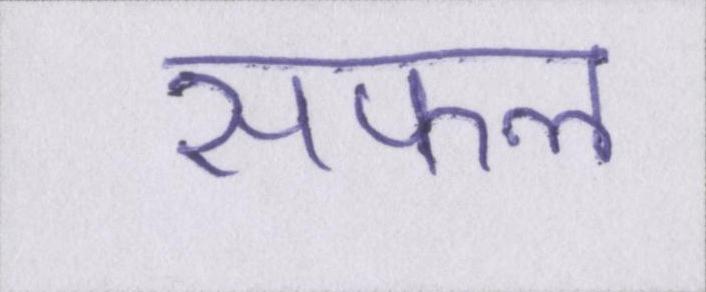
सफल